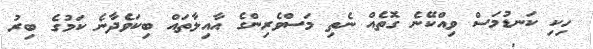
ހިކި ކަނޑުމަސް ވިއްކޭނެ ގޮތެއް ނެތި މަސްވެރިންގެ އާއިލާތައް ބިކަވެދާނެ ކަމުގެ ބިރު